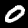
Label: 0